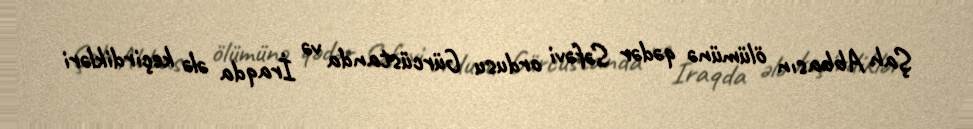
Şah Abbasın ölümünə qədər Səfəvi ordusu Gürcüstanda və İraqda ələ keçirdikləri